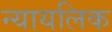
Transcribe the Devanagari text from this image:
न्यायलिक